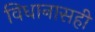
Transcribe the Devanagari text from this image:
विधानासही